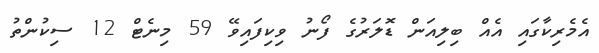
އެމެރިކާގައި އެއް ބިލިއަން ޑޮލަރުގެ ފޯނު ވިކިފައިވޭ 59 މިނެޓް 12 ސިކުންތު